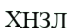
ХНЗЛ